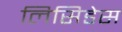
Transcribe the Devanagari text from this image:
लिसिडेस